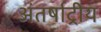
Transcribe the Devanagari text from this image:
अंतर्षाट्रीय